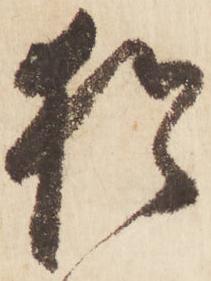
猶